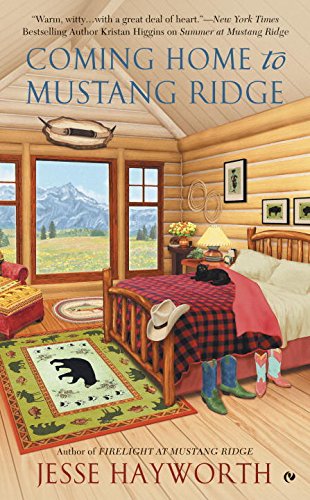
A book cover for Coming Home to Mustang Ridge; Jesse Hayworth; Romance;